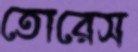
তোরেস